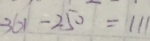
3 6 1 - 2 5 0 = 1 1 1